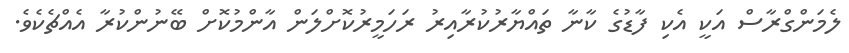
ލެމަންގްރާސް އަކީ އެކި ފާޑުގެ ކާނާ ތައްޔާރުކުރާއިރު ރަހަމީރުކޮށްލަން އާންމުކޮށް ބޭނުންކުރާ އެއްޗެކެވެ.